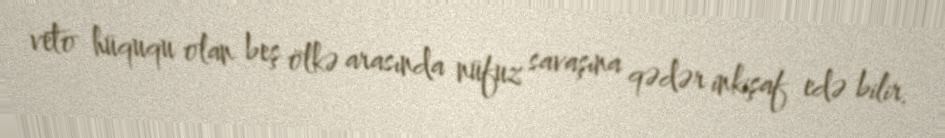
veto hüququ olan beş ölkə arasında nüfuz savaşına qədər inkişaf edə bilir.